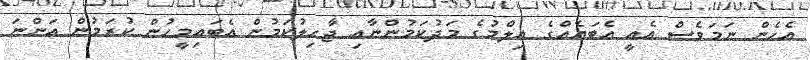
އެހެން ނަމަވެސް އެއީ އެބަޔެއްގެ ޢިލްމުގެ މަދުކަމުންނާއި ޖާހިލުކަމުން އެބައިމީހުން ކުރަމުން އަންނަ